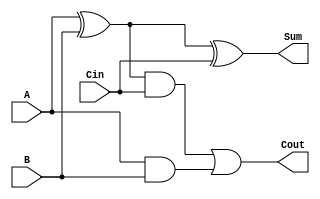
`timescale 1ns / 1ps
//////////////////////////////////////////////////////////////////////////////////
// Company: 
// Engineer: 
// 
// Design Name: 
// Module Name: FA
// Project Name: 
// Target Devices: 
// Tool Versions: 
// Description: 
// 
// Dependencies: 
// 
// Revision:
// Revision 0.01 - File Created
// Additional Comments:
// 
//////////////////////////////////////////////////////////////////////////////////


module FA(
    input A,
    input B,
    input Cin,
    output Sum,
    output Cout
    );
    
    assign Sum = (A^B) ^ Cin;
    assign Cout = ((A^B) & Cin) | (A&B);
    
    
endmodule